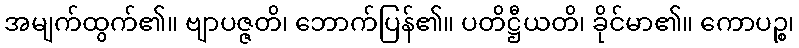
အမျက်ထွက်၏။ ဗျာပဇ္ဇတိ၊ ဘောက်ပြန်၏။ ပတိဋ္ဌီယတိ၊ ခိုင်မာ၏။ ကောပဉ္စ၊